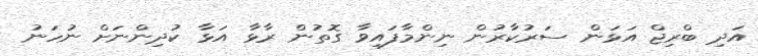
އަދި ބްރިޖް އަޅަން ސަރުކާރުން ނިންމާފައިވާ ގޮތުން ރާޅާ އަޅާ ކުދިންނަށް ނުހަނު